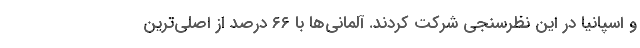
و اسپانیا در این نظرسنجی شرکت کردند. آلمانی‌ها با ۶۶ درصد از اصلی‌ترین